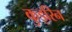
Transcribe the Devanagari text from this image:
कुइरिन